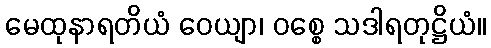
မေထုနာရတိယံ ဝေယျာ၊ ဝစ္စေ သဒါရတုဋ္ဌိယံ။